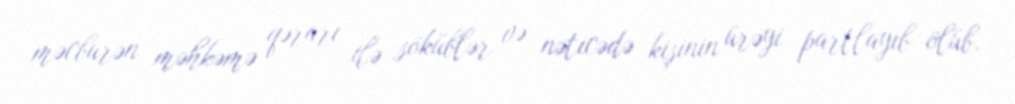
məcburən məhkəmə qərarı ilə söküblər və nəticədə kişinin ürəyi partlayıb ölüb.